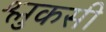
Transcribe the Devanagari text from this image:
श्लुकसी